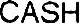
CASH